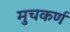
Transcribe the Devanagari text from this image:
मुचकर्ण